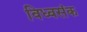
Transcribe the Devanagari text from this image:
विध्वसंक